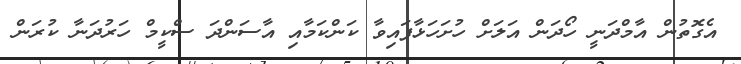
އެގޮތުން އާމްދަނީ ހޯދަން އަލަށް ހުށަހަޅާފައިވާ ކަންކަމާއި އާސަންދަ ސްކީމް ހަރުދަނާ ކުރަން